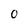
Character: 0